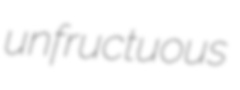
unfructuous